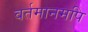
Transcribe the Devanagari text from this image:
वर्तमानमपि